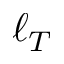
\ell _ { T }